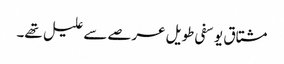
مشتاق یوسفی طویل عرصے سے علیل تھے۔